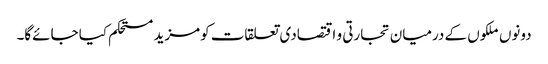
دونوں ملکوں کے درمیان تجارتی و اقتصادی تعلقات کومزید مستحکم کیا جائےگا۔